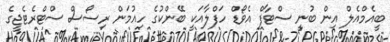
ބީއެމްއެލް އިން ބުނީ ސްޓާފް އެވޯޑް ހަފްލާއަކީ ބޭންކުގެ ހިއުމަން ރިސޯސް ސްޓްރެޓެޖީގެ